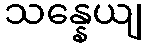
သန္နေယျ